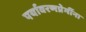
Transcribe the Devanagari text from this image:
पर्यावरणप्रेमींना